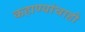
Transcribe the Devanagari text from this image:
कहाण्यांचाही